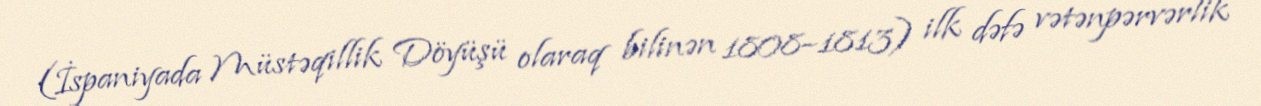
(İspaniyada Müstəqillik Döyüşü olaraq bilinən 1808–1813) ilk dəfə vətənpərvərlik